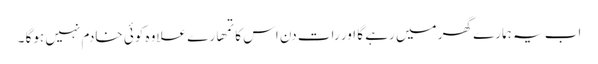
اب یہ ہمارے گھر میں رہے گا اور رات دن اس کا تمھارے علاوہ کوئی خادم نہیں ہوگا ۔